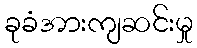
ခုခံအားကျဆင်းမှု